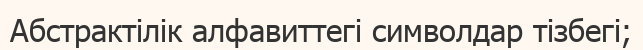
Абстрактілік алфавиттегі символдар тізбегі;